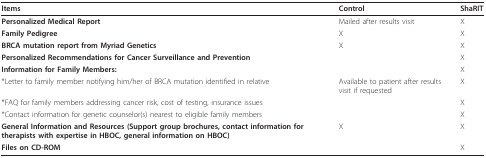
| Items | Control | ShaRIT |
 | --- | --- | --- |
 | Personalized Medical Report | Mailed after results visit | X |
 | Family Pedigree | X | X |
 | BRCA mutation report from Myriad Genetics | X | X |
 | Personalized Recommendations for Cancer Surveillance and Prevention |  | X |
 | Information for Family Members: |  | X |
 | *Letter to family member notifying him/her of BRCA mutation identified in relative | Available to patient after results visit if requested | X |
 | *FAQ for family members addressing cancer risk, cost of testing, insurance issues |  | X |
 | *Contact information for genetic counselor(s) nearest to eligible family members |  | X |
 | General Information and Resources (Support group brochures, contact information for therapists with expertise in HBOC, general information on HBOC) | X | X |
 | Files on CD-ROM |  | X |